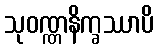
သုဝဏ္ဏနိက္ခဿာပိ